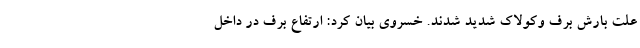
علت بارش برف وکولاک شدید شدند. خسروی بیان کرد: ارتفاع برف در داخل